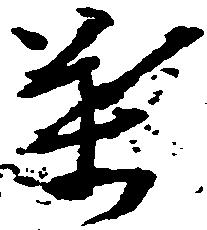
葉